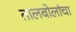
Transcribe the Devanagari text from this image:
तालबोलांचा